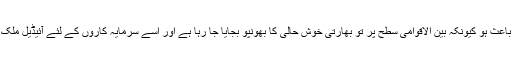
مودی کے “خوش حال بھارت میں بھوکے بچوں کی اتنی بڑی تعداد شاید کچھ لوگوں کے لئے اچنبھے کا باعث ہو کیونکہ بین الاقوامی سطح پر تو بھارتی خوش حالی کا بھونپو بجایا جا رہا ہے اور اسے سرمایہ کاروں کے لئے آئیڈیل ملک کہا جارہا ہے ، لیکن زمینی حقائق بہرطور بھارتی معیشت کے جھوٹے دعوؤں کی قلعی کھول رہے ہیں۔